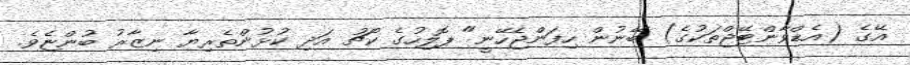
އޭގެ (އެޑްވާންޓޭޖްތަކުގެ) ބޭނުން ހިފަންޖެހޭނީ" ޕޮލިހުގެ ކޯޗު އަދި ކުޅުންތެރިޔާ ނިޒާރު ބުންޏެވެ.